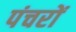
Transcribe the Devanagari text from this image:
पंचरों